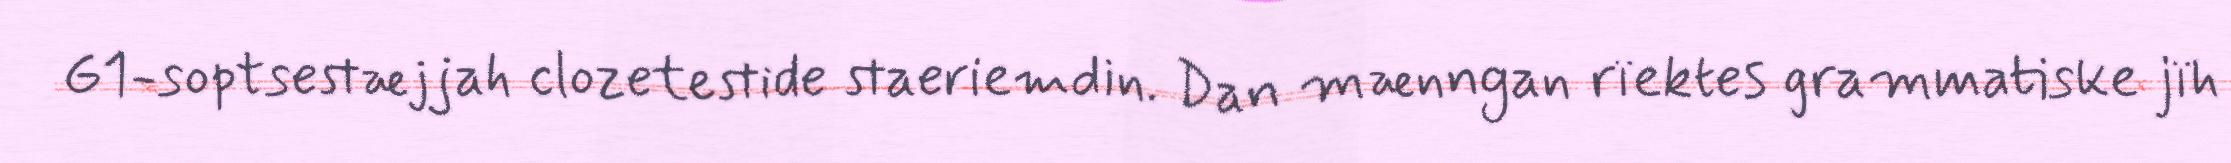
G1-soptsestæjjah clozetestide staeriemdin. Dan mænngan rïektes grammatiske jïh